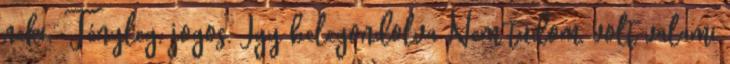
neki.” Tényleg, jogos. Így belegondolva Nem tudom, volt valami